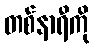
တစ်နာရီကို